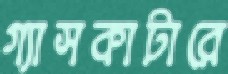
গ্যাসকাটারে